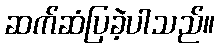
ဆက်ဆံပြခဲ့ပါသည်။